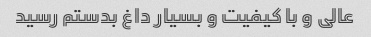
عالی و با کیفیت و بسیار داغ بدستم رسید